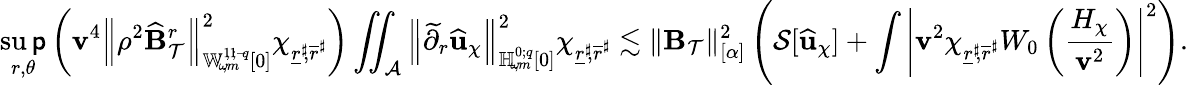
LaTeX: \operatorname*{su\mathsf{p}}_{r,\theta}\left(\mathbf{v}^{4}\left\lVert\rho^{2}\widehat{{\mathbf{{B}}}}_{\mathcal{{T}}}^{r}\right\rVert_{{\mathbb{{W}}_{\! \omega\! ,m}^{1\! ,1\! ;{-\! q}}}[0]}^{2}\chi_{\underline{{{r}}}^{\sharp}\! ,\overline{{{r}}}^{\sharp}}\right)\iint_{\mathcal{{A}}}\left\lVert\widetilde{{\partial}}_{r}\widehat{{\mathbf{{u}}}}_{\chi}\right\rVert_{{\mathbb{{H}}_{\! \omega\! ,m}^{0;{q}}}[0]}^{2}\chi_{\underline{{{r}}}^{\sharp}\! ,\overline{{{r}}}^{\sharp}}\lesssim\lVert\mathbf{{B}}_{\mathcal{{T}}}\rVert_{[\alpha]}^{2}\left(\mathcal{{S}}[\widehat{{\mathbf{{u}}}}_{\chi}]+\int\left|\mathbf{v}^{2}\chi_{\underline{{{r}}}^{\sharp}\! ,\overline{{{r}}}^{\sharp}}W_{0}\left(\frac{{H_{\chi}}}{{\mathbf{v}^{2}}}\right)\right|^{2}\right).